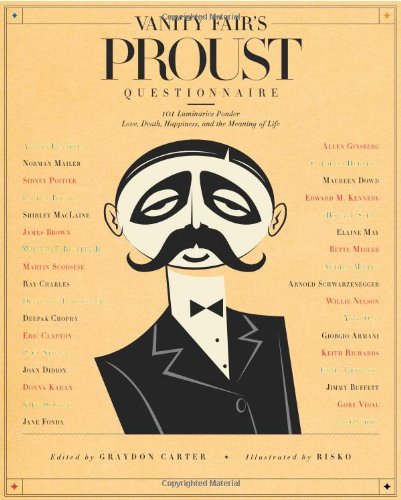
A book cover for Vanity Fair's Proust Questionnaire: 101 Luminaries Ponder Love, Death, Happiness, and the Meaning of Life; Biographies & Memoirs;